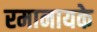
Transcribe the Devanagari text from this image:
रमानायके